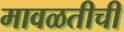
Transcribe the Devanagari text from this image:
मावळतीची